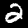
Digit: 2